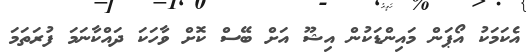
އެކަމަކު އޯޕަން މައިންޑަކުން އިޝޫ އަށް ބޭސް ކޮށް ވާހަކަ ދައްކާނަމަ ފުރަތަމަ